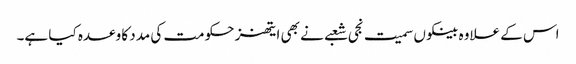
اس کے علاوہ بینکوں سمیت نجی شعبے نے بھی ایتھنز حکومت کی مدد کا وعدہ کیا ہے۔